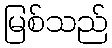
မြစ်သည်